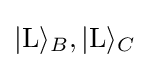
|\mathrm {L} \rangle _{B},|\mathrm {L} \rangle _{C}